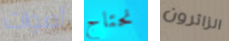
أصوات نحتاج الزائرون